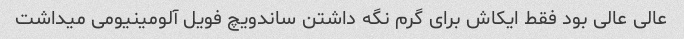
عالی عالی بود فقط ایکاش برای گرم نگه داشتن ساندویچ فویل آلومینیومی میداشت